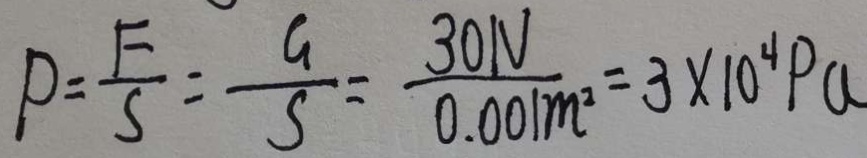
P = \frac { F } { S } = \frac { G } { S } = \frac { 3 0 N } { 0 . 0 0 1 m ^ { 2 } } = 3 \times 1 0 ^ { 4 } P a